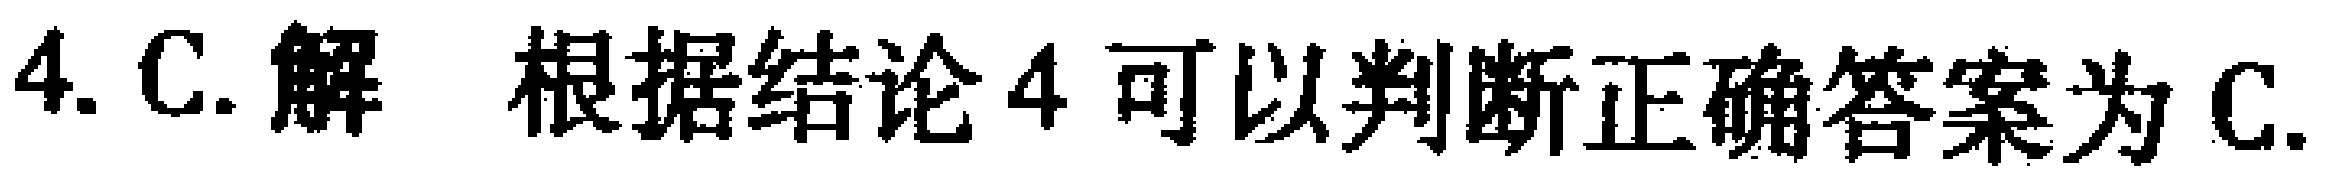
4. C. 解 根据结论 4 可以判断正确答案为 C.